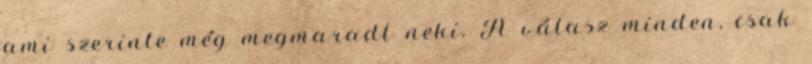
ami szerinte még megmaradt neki. A válasz minden, csak